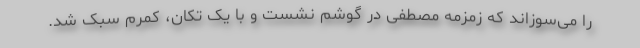
را می‌سوزاند که زمزمه مصطفی در گوشم نشست و با یک تکان، کمرم سبک شد.